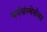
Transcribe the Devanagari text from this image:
धर्मसंस्थेसोबत